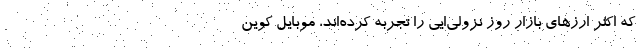
که اکثر ارزهای بازار روز نزولی‌ایی را تجربه کرده‌اند، موبایل کوین